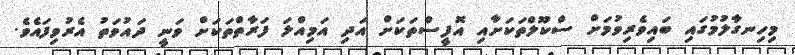
މިހިނގާލުމުގައި ބައިވެރިވުމަށް ސްކޫލްތަކަށާއި އޮފީސްތަކަށް އަދި އަމިއްލަ ފަރާތްތަކަށް ވަނީ ދައުވަތު އެރުވިފައެވެ.